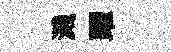
濺躍